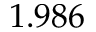
1 . 9 8 6